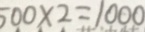
5 0 0 \times 2 = 1 0 0 0